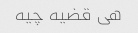
هی قضیه چیه